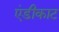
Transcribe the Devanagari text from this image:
एंडीकाट